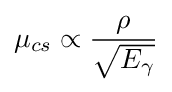
\mu _{cs}\propto {\rho  \over {\sqrt {E_{\gamma }}}}